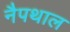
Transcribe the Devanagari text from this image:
नैपथाल